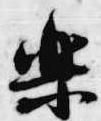
楽